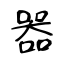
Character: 器